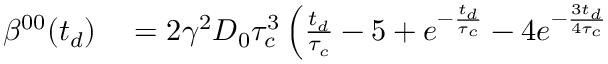
\begin{array} { r l } { \beta ^ { 0 0 } ( t _ { d } ) } & { { } = 2 \gamma ^ { 2 } D _ { 0 } \tau _ { c } ^ { 3 } \left( \frac { t _ { d } } { \tau _ { c } } - 5 + e ^ { - \frac { t _ { d } } { \tau _ { c } } } - 4 e ^ { - \frac { 3 t _ { d } } { 4 \tau _ { c } } } \right. } \end{array}